Annual report of the Imperial Bacteriological Laboratory, Muktesar
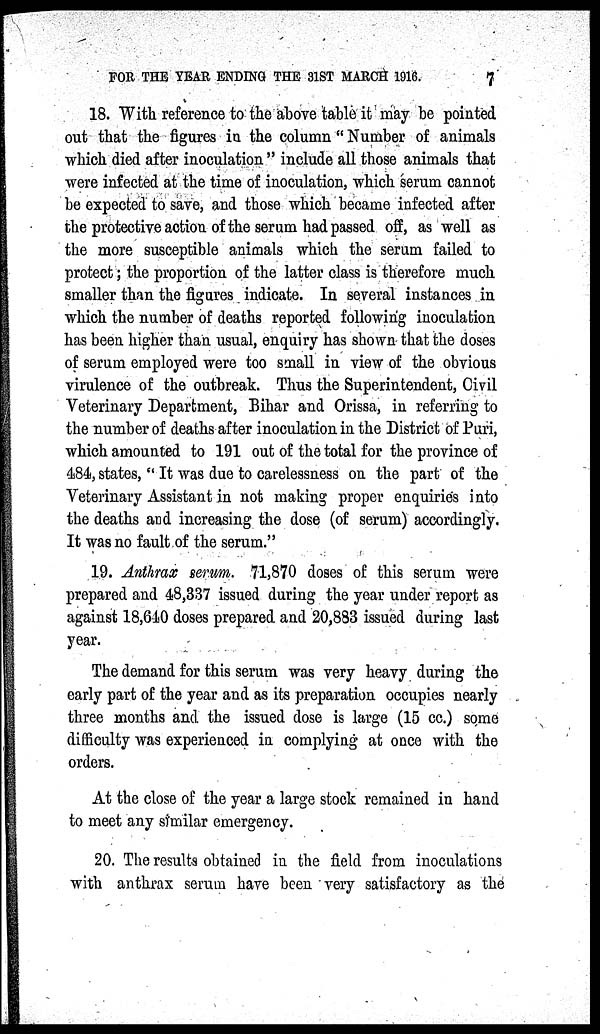
FOR THE YEAR ENDING THE 31ST MARCH 1916.
7
18. With reference to the above table it may be pointed
out that the figures in the column " Number of animals
which died after inoculation " include all those animals that
were infected at the time of inoculation, which serum cannot
be expected to save, and those which became infected after
the protective action of the serum had passed off, as well as
the more susceptible animals which the serum failed to
protect; the proportion of the latter class is therefore much
smaller than the figures indicate. In several instances in
which the number of deaths reported following inoculation
has been higher than usual, enquiry has shown that the doses
of serum employed were too small in view of the obvious
virulence of the outbreak. Thus the Superintendent, Civil
Veterinary Department, Bihar and Orissa, in referring to
the number of deaths after inoculation in the District of Puri,
which amounted to 191 out of the total for the province of
484, states, " It was due to carelessness on the part of the
Veterinary Assistant in not making proper enquiries into
the deaths and increasing the dose (of serum) accordingly.
It was no fault of the serum."
19. Anthrax serum. 71,870 doses of this serum were
prepared and 48,337 issued during the year under report as
against 18,640 doses prepared and 20,883 issued during last
year.
The demand for this serum was very heavy during the
early part of the year and as its preparation occupies nearly
three months and the issued dose is large (15 cc.) some
difficulty was experienced in complying at once with the
orders.
At the close of the year a large stock remained in hand
to meet any similar emergency.
20. The results obtained in the field from inoculations
with anthrax serum have been very satisfactory as the